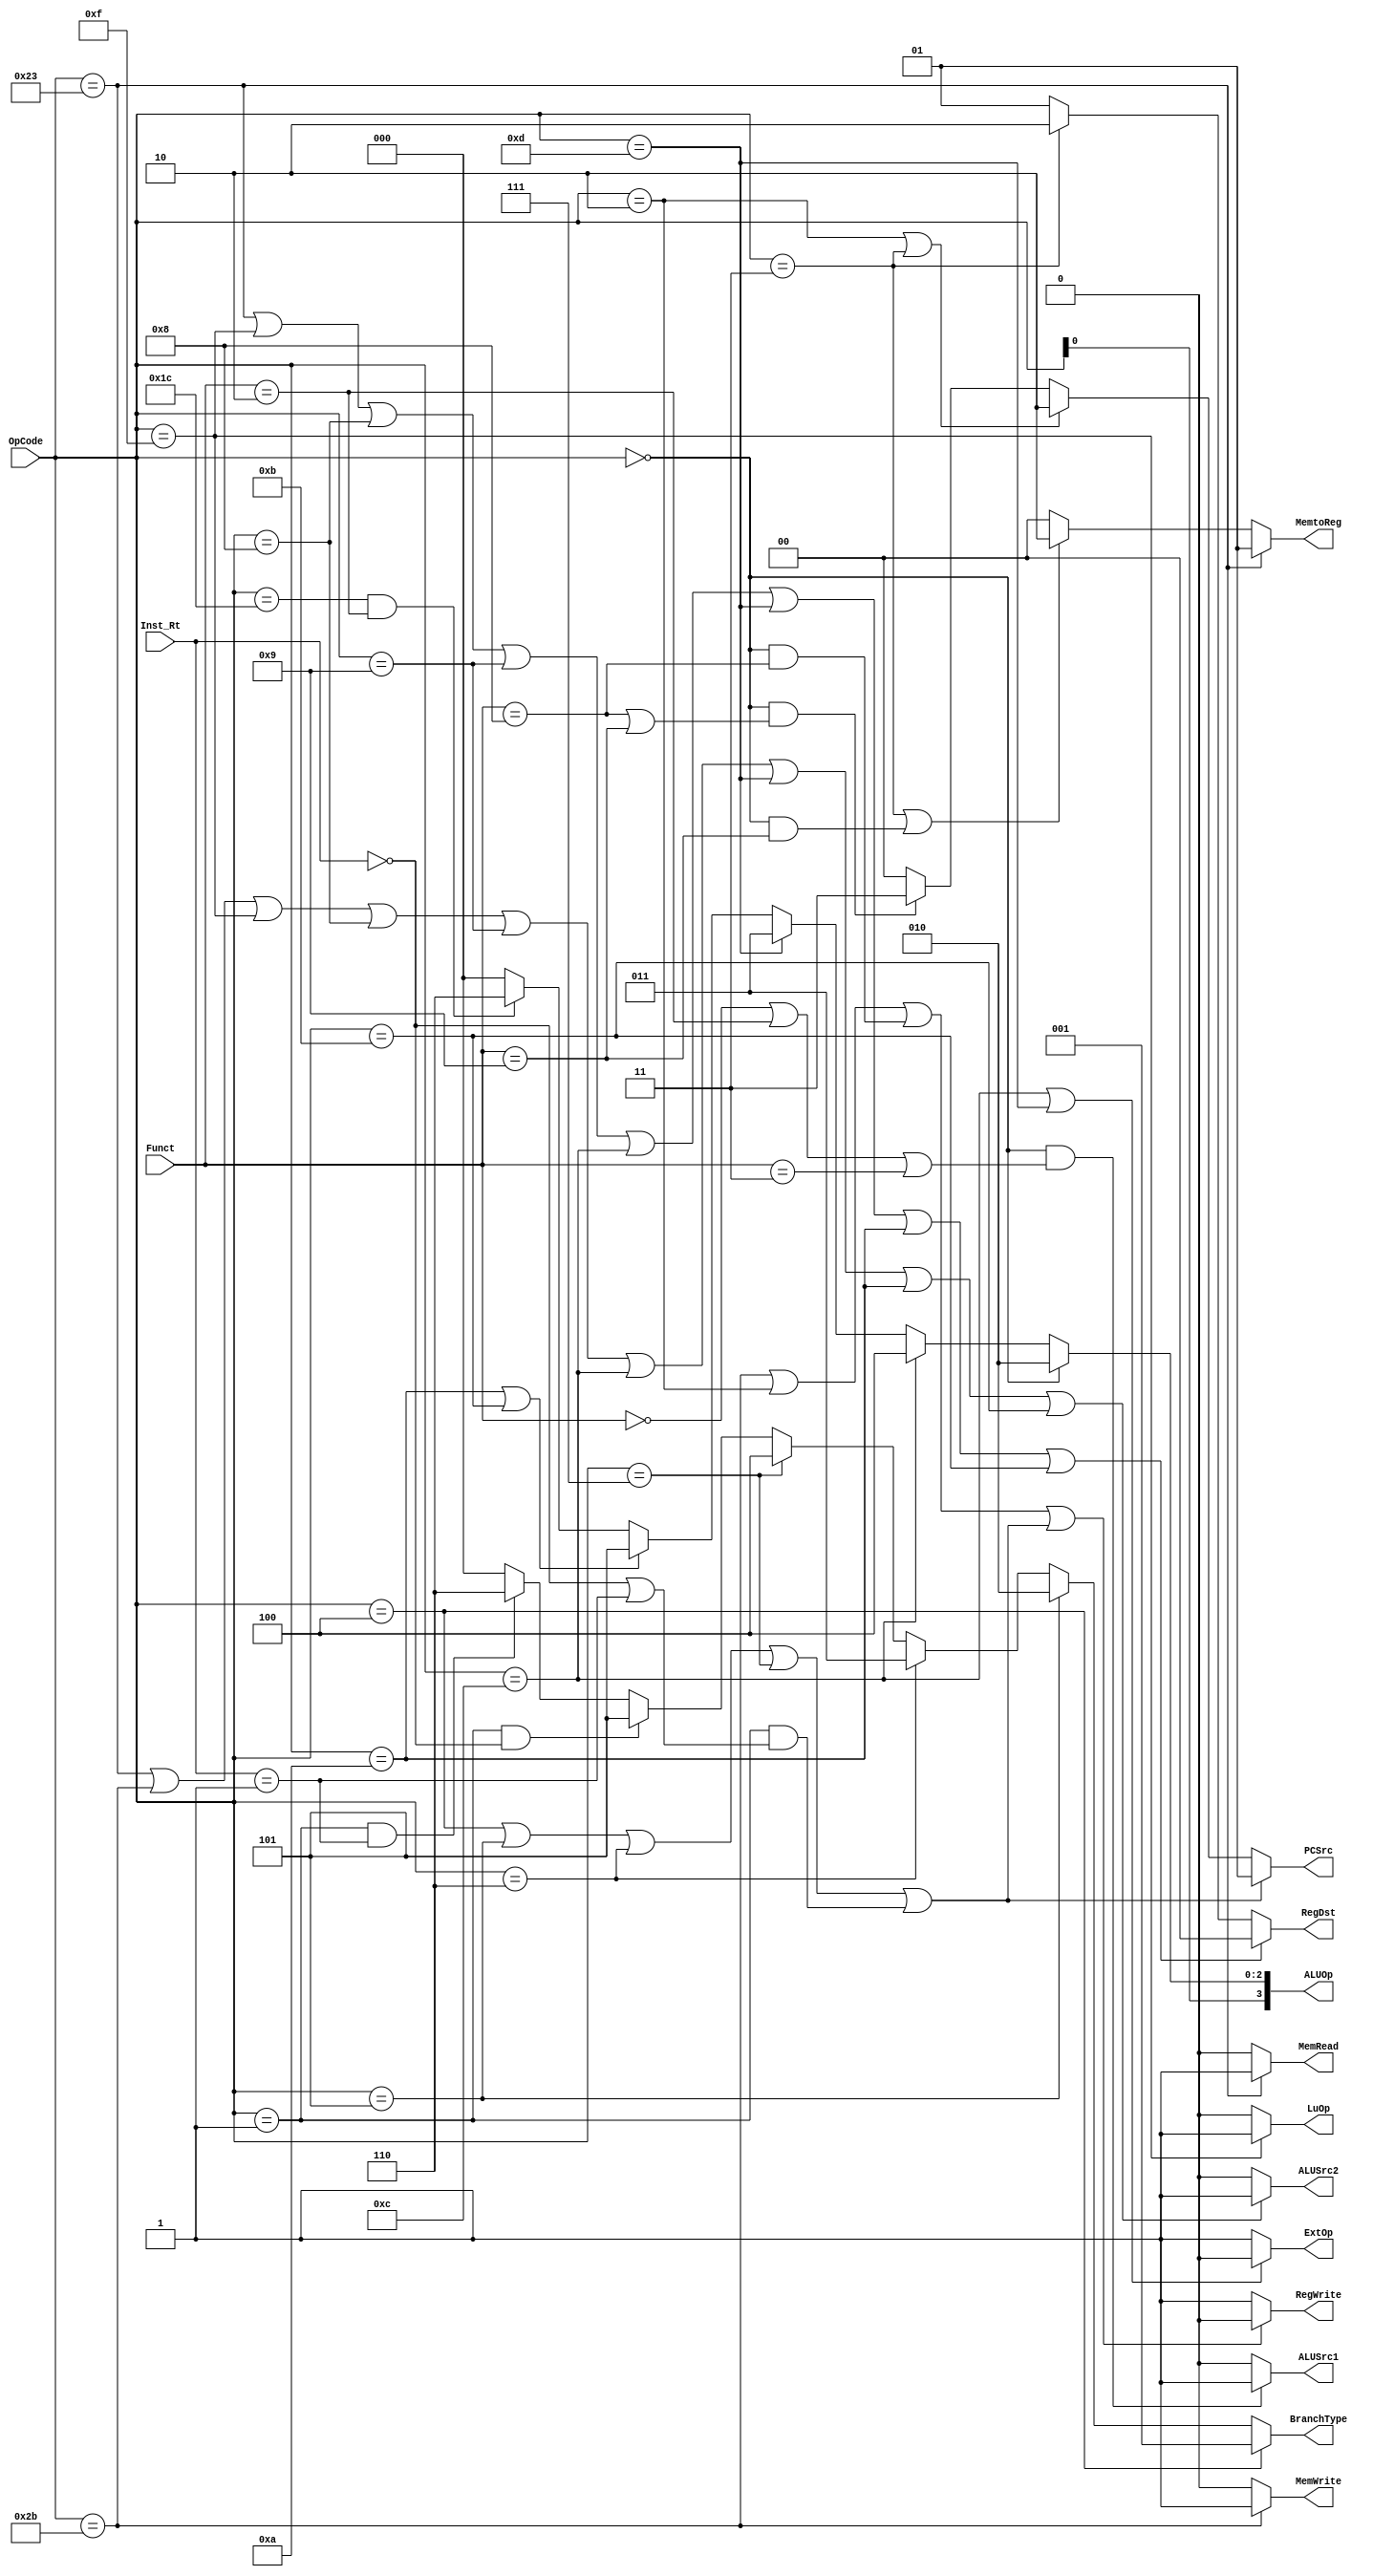
// ./src/Control.v

module Control (
        input [6-1:0] OpCode,
        input [6-1:0] Funct,
        input [5-1:0] Inst_Rt,
        output [2-1:0] PCSrc,
        output [3-1:0] BranchType,
        output RegWrite,
        output [2-1:0] RegDst,
        output MemRead,
        output MemWrite,
        output [2-1:0] MemtoReg,
        output ALUSrc1,
        output ALUSrc2,
        output ExtOp,
        output LuOp,
        output [4-1:0] ALUOp
    );

    // PCSrc: 1-branch. 2-j,jal. 3-jr,jalr. 0-else
    assign PCSrc =
           (OpCode == 6'h04 || OpCode == 6'h05 || OpCode == 6'h06 || OpCode == 6'h07 || (OpCode == 6'h01 && (Inst_Rt == 5'h00 || Inst_Rt == 5'h01))) ? 2'b01 :
           (OpCode == 6'h02 || OpCode == 6'h03) ? 2'b10 :
           (OpCode == 6'h00 && (Funct == 6'h08 || Funct == 6'h09)) ? 2'b11 : 2'b00;

    // BranchType: 1-beq. 2-bne. 3-blez. 4-bgtz. 5-bltz, 6-bgez. 0-else
    assign BranchType =
           (OpCode == 6'h04) ? 3'h1 :
           (OpCode == 6'h05) ? 3'h2 :
           (OpCode == 6'h06) ? 3'h3 :
           (OpCode == 6'h07) ? 3'h4 :
           (OpCode == 6'h01 && Inst_Rt == 5'h00) ? 3'h5 :
           (OpCode == 6'h01 && Inst_Rt == 5'h01) ? 3'h6 : 3'h0;

    // RegWrite: 0-sw,j,jr,branch. 1-else
    assign RegWrite =
           (OpCode == 6'h2b || OpCode == 6'h02 || (OpCode == 6'h0 && Funct == 6'h08)
            ||
            (OpCode == 6'h04 || OpCode == 6'h05 || OpCode == 6'h06 || OpCode == 6'h07 || (OpCode == 6'h01 && (Inst_Rt == 5'h00 || Inst_Rt == 5'h01)))
           ) ? 0 : 1;

    // RegDst: 0-I type:lw,lui,addi,addiu,andi,ori,slti,sltiu.
    // 1-R type(including jalr). 2-jal.
    assign RegDst =
           (OpCode == 6'h23 || OpCode == 6'h0f || OpCode == 6'h08 || OpCode == 6'h09 || OpCode == 6'h0c || OpCode == 6'h0d || OpCode == 6'h0a || OpCode == 6'h0b) ? 2'b00 :
           (OpCode == 6'h03) ? 2'b10 : 2'b01;

    // MemRead: 1-lw. 0-else
    assign MemRead = (OpCode == 6'h23) ? 1 : 0;

    // MemWrite: 1-sw. 0-else
    assign MemWrite = (OpCode == 6'h2b) ? 1 : 0;

    // MemtoReg: 1-lw. 2-jal,jalr. 0-else
    assign MemtoReg = (OpCode == 6'h23) ? 2'b01 :
           (OpCode == 6'h03 || (OpCode == 6'h00 && Funct == 6'h09)) ? 2'b10 : 2'b00;

    // ALUSrc1: 1-sll,srl,sra. 0-else
    assign ALUSrc1 =
           (OpCode == 6'h00 && (Funct == 6'h00 || Funct == 6'h02 || Funct == 6'h03)) ? 1 : 0;

    // ALUSrc2: 1-I type:lw,sw,lui,addi,addiu,andi,ori,slti,sltiu. 0-else
    assign ALUSrc2 =
           (OpCode == 6'h23 || OpCode == 6'h2b || OpCode == 6'h0f || OpCode == 6'h08 || OpCode == 6'h09 || OpCode == 6'h0c || OpCode == 6'h0d || OpCode == 6'h0a || OpCode == 6'h0b) ? 1 : 0;

    // ExtOp: 0-andi,ori. 1-else
    assign ExtOp = (OpCode == 6'h0c || OpCode == 6'h0d) ? 0 : 1;

    // LuOp: 1-lui. 0-else
    assign LuOp = (OpCode == 6'h0f) ? 1 : 0;

    // set ALUOp
    assign ALUOp[2:0] = (OpCode == 6'h00) ? 3'b010 :  // R type
           //     (OpCode == 6'h04) ? 3'b001 : // beq
           (OpCode == 6'h0c) ? 3'b100 :  // andi
           (OpCode == 6'h0d) ? 3'b011 :  // ori
           (OpCode == 6'h0a || OpCode == 6'h0b) ? 3'b101 :  // slti,sltiu
           (OpCode == 6'h1c && Funct == 6'h02) ? 3'b110 :  // mul
           3'b000;  // lw,sw,lui,addi,addiu

    assign ALUOp[3] = OpCode[0];

endmodule  // Control